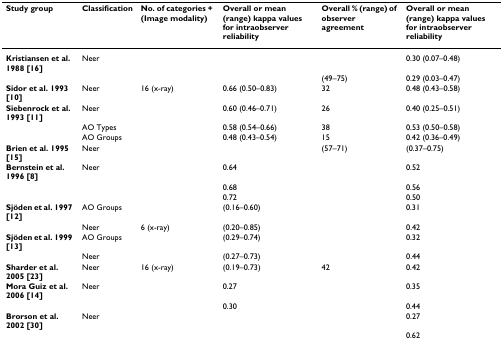
<table><thead><tr><td><b>Study group</b></td><td><b>Classification</b></td><td><b>No. of categories + (Image modality)</b></td><td><b>Overall or mean (range) kappa values for intraobserver reliability</b></td><td><b>Overall % (range) of observer agreement</b></td><td><b>Overall or mean (range) kappa values for intraobserver reliability</b></td></tr></thead><tbody><tr><td><b>Kristiansen et al. 1988 [16]</b></td><td>Neer</td><td>[EMPTY_CELL]</td><td>[EMPTY_CELL]</td><td>[EMPTY_CELL]</td><td>0.30 (0.07–0.48)</td></tr><tr><td>[EMPTY_CELL]</td><td>[EMPTY_CELL]</td><td>[EMPTY_CELL]</td><td>[EMPTY_CELL]</td><td>(49–75)</td><td>0.29 (0.03–0.47)</td></tr><tr><td><b>Sidor et al. 1993 [10]</b></td><td>Neer</td><td>16 (x-ray)</td><td>0.66 (0.50–0.83)</td><td>32</td><td>0.48 (0.43–0.58)</td></tr><tr><td><b>Siebenrock et al. 1993 [11]</b></td><td>Neer</td><td>[EMPTY_CELL]</td><td>0.60 (0.46–0.71)</td><td>26</td><td>0.40 (0.25–0.51)</td></tr><tr><td>[EMPTY_CELL]</td><td>AO Types</td><td>[EMPTY_CELL]</td><td>0.58 (0.54–0.66)</td><td>38</td><td>0.53 (0.50–0.58)</td></tr><tr><td>[EMPTY_CELL]</td><td>AO Groups</td><td>[EMPTY_CELL]</td><td>0.48 (0.43–0.54)</td><td>15</td><td>0.42 (0.36–0.49)</td></tr><tr><td><b>Brien et al. 1995 [15]</b></td><td>Neer</td><td>[EMPTY_CELL]</td><td>[EMPTY_CELL]</td><td>(57–71)</td><td>(0.37–0.75)</td></tr><tr><td><b>Bernstein et al. 1996 [8]</b></td><td>Neer</td><td>[EMPTY_CELL]</td><td>0.64</td><td>[EMPTY_CELL]</td><td>0.52</td></tr><tr><td>[EMPTY_CELL]</td><td>[EMPTY_CELL]</td><td>[EMPTY_CELL]</td><td>0.68</td><td>[EMPTY_CELL]</td><td>0.56</td></tr><tr><td>[EMPTY_CELL]</td><td>[EMPTY_CELL]</td><td>[EMPTY_CELL]</td><td>0.72</td><td>[EMPTY_CELL]</td><td>0.50</td></tr><tr><td><b>Sjöden et al. 1997 [12]</b></td><td>AO Groups</td><td>[EMPTY_CELL]</td><td>(0.16–0.60)</td><td>[EMPTY_CELL]</td><td>0.31</td></tr><tr><td>[EMPTY_CELL]</td><td>Neer</td><td>6 (x-ray)</td><td>(0.20–0.85)</td><td>[EMPTY_CELL]</td><td>0.42</td></tr><tr><td><b>Sjöden et al. 1999 [13]</b></td><td>AO Groups</td><td>[EMPTY_CELL]</td><td>(0.29–0.74)</td><td>[EMPTY_CELL]</td><td>0.32</td></tr><tr><td>[EMPTY_CELL]</td><td>Neer</td><td>[EMPTY_CELL]</td><td>(0.27–0.73)</td><td>[EMPTY_CELL]</td><td>0.44</td></tr><tr><td><b>Sharder et al. 2005 [23]</b></td><td>Neer</td><td>16 (x-ray)</td><td>(0.19–0.73)</td><td>42</td><td>0.42</td></tr><tr><td><b>Mora Guiz et al. 2006 [14]</b></td><td>Neer</td><td>[EMPTY_CELL]</td><td>0.27</td><td>[EMPTY_CELL]</td><td>0.35</td></tr><tr><td>[EMPTY_CELL]</td><td>[EMPTY_CELL]</td><td>[EMPTY_CELL]</td><td>0.30</td><td>[EMPTY_CELL]</td><td>0.44</td></tr><tr><td><b>Brorson et al. 2002 [30]</b></td><td>Neer</td><td>[EMPTY_CELL]</td><td>[EMPTY_CELL]</td><td>[EMPTY_CELL]</td><td>0.27</td></tr><tr><td>[EMPTY_CELL]</td><td>[EMPTY_CELL]</td><td>[EMPTY_CELL]</td><td>[EMPTY_CELL]</td><td>[EMPTY_CELL]</td><td>0.62</td></tr></tbody></table>